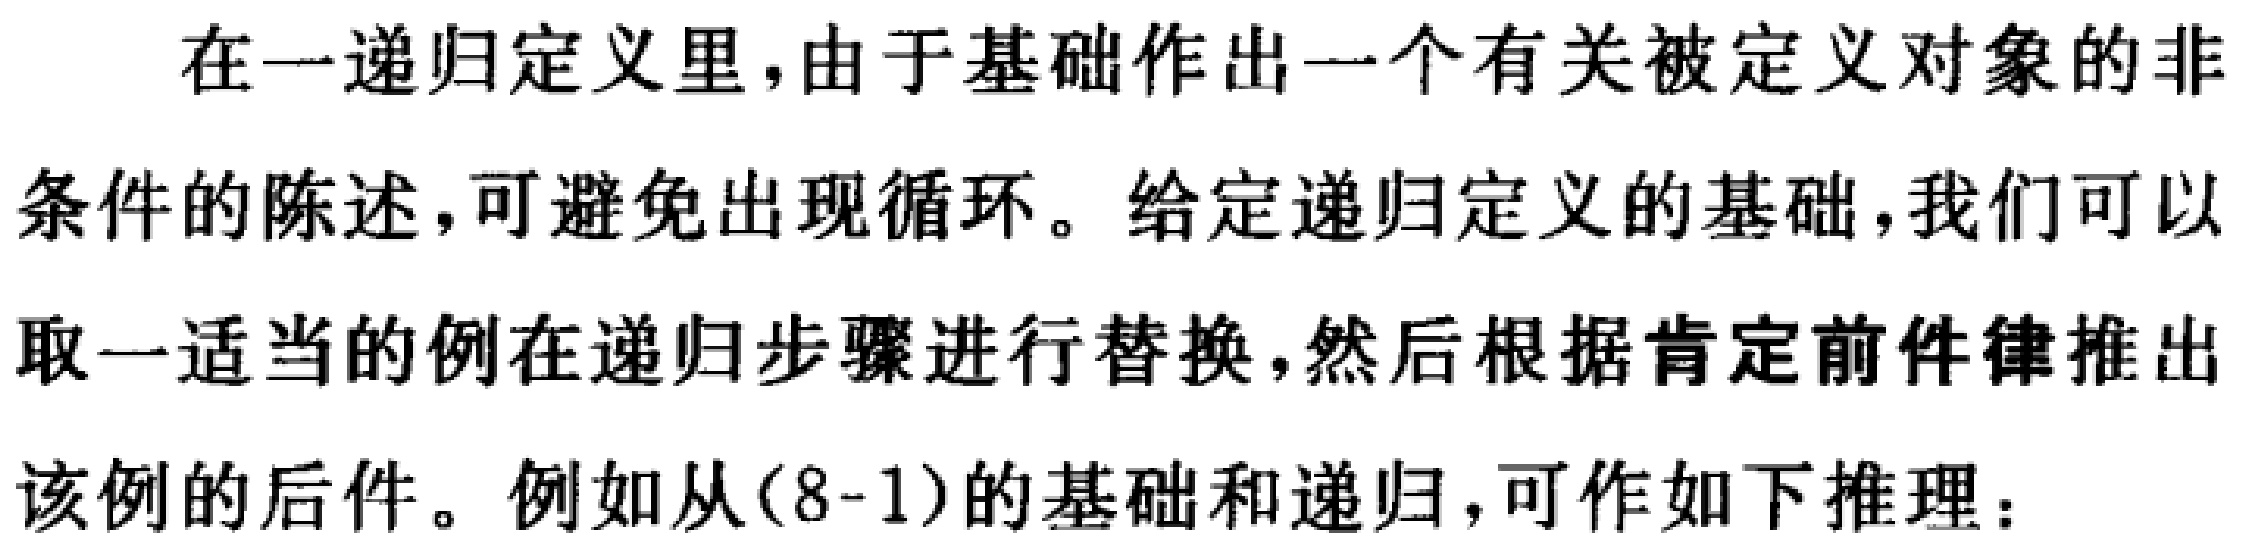
在一递归定义里，由于基础作出一个有关被定义对象的非条件的陈述，可避免出现循环。给定递归定义的基础，我们可以取一适当的例在递归步骤进行替换，然后根据肯定前件律推出该例的后件。例如从(8-1)的基础和递归，可作如下推理：